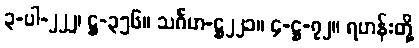
၃-ပါ-၂၂၂၊ ဋ္ဌ-၃၅၆။ သင်္ဂဟ-ဋ္ဌ၂၂၁။ ၄-ဋ္ဌ-၇၂။ ရဟန်းတို့